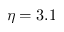
\eta = 3 . 1